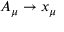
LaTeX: A _ { \mu } \to x _ { \mu }